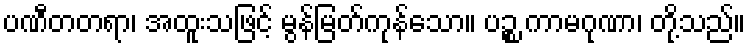
ပဏီတတရာ၊ အထူးသဖြင့် မွန်မြတ်ကုန်သော။ ပဉ္စ ကာမဂုဏာ၊ တို့သည်။